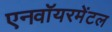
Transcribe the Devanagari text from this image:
एनवॉयरमेंटल